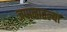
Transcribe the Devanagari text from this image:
जपानातल्या